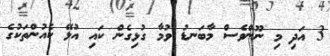
3 އަދި މި ނޫންވެސް މާބަނޑު ވުމާ ގުޅިގެން ކައި އުޅޭ ކެއުންތަކުގެ